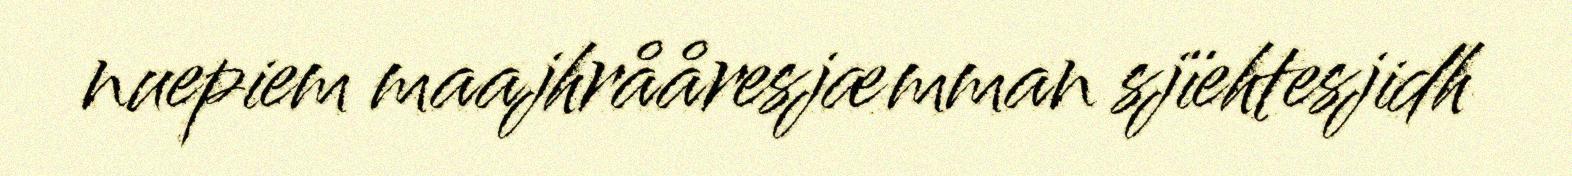
nuepiem maajhrååresjæmman sjïehtesjidh